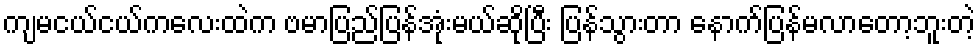
ကျမငယ်ငယ်ကလေးထဲက ဗမာပြည်ပြန်အုံးမယ်ဆိုပြီး ပြန်သွားတာ နောက်ပြန်မလာတော့ဘူးတဲ့